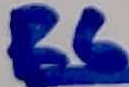
Text: R6